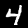
Label: 4